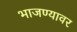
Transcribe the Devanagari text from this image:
भाजण्यावर